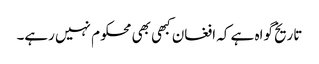
تاریخ گواہ ہے کہ افغان کبھی بھی محکوم نہیں رہے۔